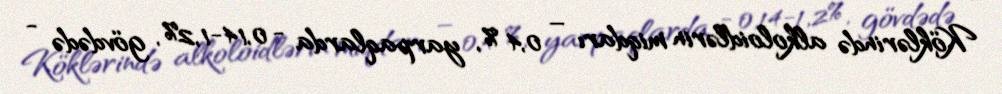
Köklərində alkoloidlərin miqdarı – 0,4 %, yarpaqlarda - 0,14-1,2%, gövdədə -